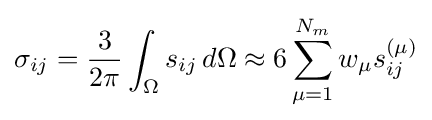
\sigma _{ij}={\frac {3}{2\pi }}\int _{\Omega }s_{ij}\,d\Omega \approx 6\sum _{\mu =1}^{N_{m}}w_{\mu }s_{ij}^{(\mu )}